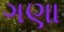
ગણા